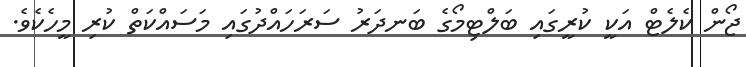
ޖޯން ކެލެޓް އަކީ ކުރީގައި ބަލްޓިމޯގެ ބަނދަރު ސަރަހައްދުގައި މަސައްކަތް ކުރި މީހެކެވެ.